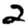
Digit: 2